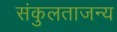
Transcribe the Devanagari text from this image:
संकुलताजन्य